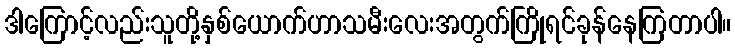
ဒါကြောင့်လည်းသူတို့နှစ်ယောက်ဟာသမီးလေးအတွက်ကြိုရင်ခုန်နေကြတာပါ။